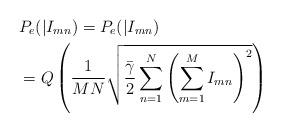
LaTeX: \begin{align*}&{{P}_{e}}(|{{I}_{mn}})={{P}_{e}}(|{{I}_{mn}})\\&=Q\left( \frac{1}{MN}\sqrt{\frac{{\bar{\gamma }}}{2}\sum\limits_{n=1}^{N}{{{\left( \sum\limits_{m=1}^{M}{{{I}_{mn}}} \right)}^{2}}}} \right)\end{align*}